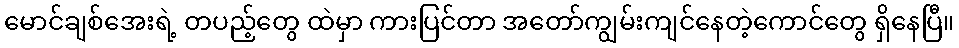
မောင်ချစ်အေးရဲ့ တပည့်တွေ ထဲမှာ ကားပြင်တာ အတော်ကျွမ်းကျင်နေတဲ့ကောင်တွေ ရှိနေပြီ။